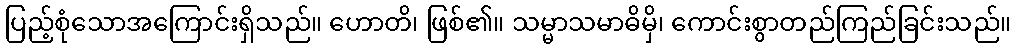
ပြည့်စုံသောအကြောင်းရှိသည်။ ဟောတိ၊ ဖြစ်၏။ သမ္မာသမာဓိမှိ၊ ကောင်းစွာတည်ကြည်ခြင်းသည်။